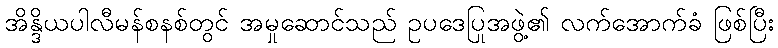
အိန္ဒိယပါလီမန်စနစ်တွင် အမှုဆောင်သည် ဥပဒေပြုအဖွဲ့၏ လက်အောက်ခံ ဖြစ်ပြီး